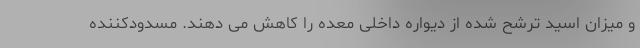
و میزان اسید ترشح شده از دیواره داخلی معده را کاهش می دهند. مسدودکننده